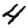
Digit: 4